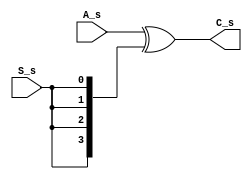
`timescale 1ns/100ps

module Bitwise_Xor4_carry(S_s ,A_s, C_s);

	output reg [3:0] C_s;
	input wire [3:0] A_s;
	input wire S_s;

	wire [3:0]concat={S_s,S_s,S_s,S_s};
	always@(A_s,S_s)begin	
	 C_s = A_s ^ concat;
	 //assign C_s[1] = A_s[1] ^ S_s;
	 //assign C_s[2] = A_s[2] ^ S_s;
	 //assign C_s[3] = A_s[3] ^ S_s;
	end
endmodule